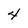
Character: 4